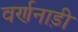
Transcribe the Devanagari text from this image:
वर्णनाड़ी